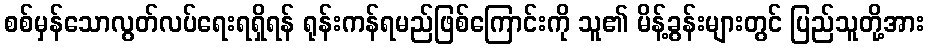
စစ်မှန်သောလွတ်လပ်ရေးရရှိရန် ရုန်းကန်ရမည်ဖြစ်ကြောင်းကို သူ၏ မိန့်ခွန်းများတွင် ပြည်သူတို့အား